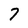
Character: 7